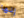
إنها